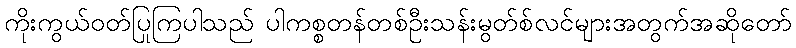
ကိုးကွယ်ဝတ်ပြုကြပါသည် ပါကစ္စတန်တစ်ဦးသန်းမွတ်စ်လင်များအတွက်အဆိုတော်